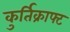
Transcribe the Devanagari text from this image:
कुर्तिक्राफ्ट